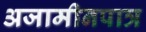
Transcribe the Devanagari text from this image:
अजामीनपात्र